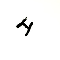
4